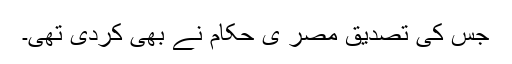
جس کی تصدیق مصر ی حکام نے بھی کردی تھی۔